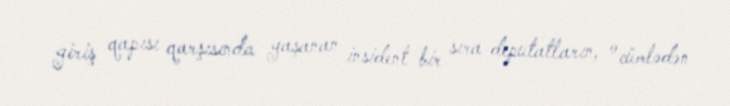
giriş qapısı qarşısında yaşanan insident bir sıra deputatların, o cümlədən